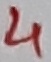
Text: 4